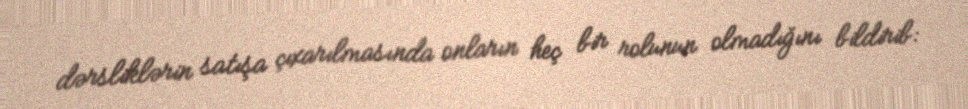
dərsliklərin satışa çıxarılmasında onların heç bir rolunun olmadığını bildirib: